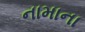
નામાના